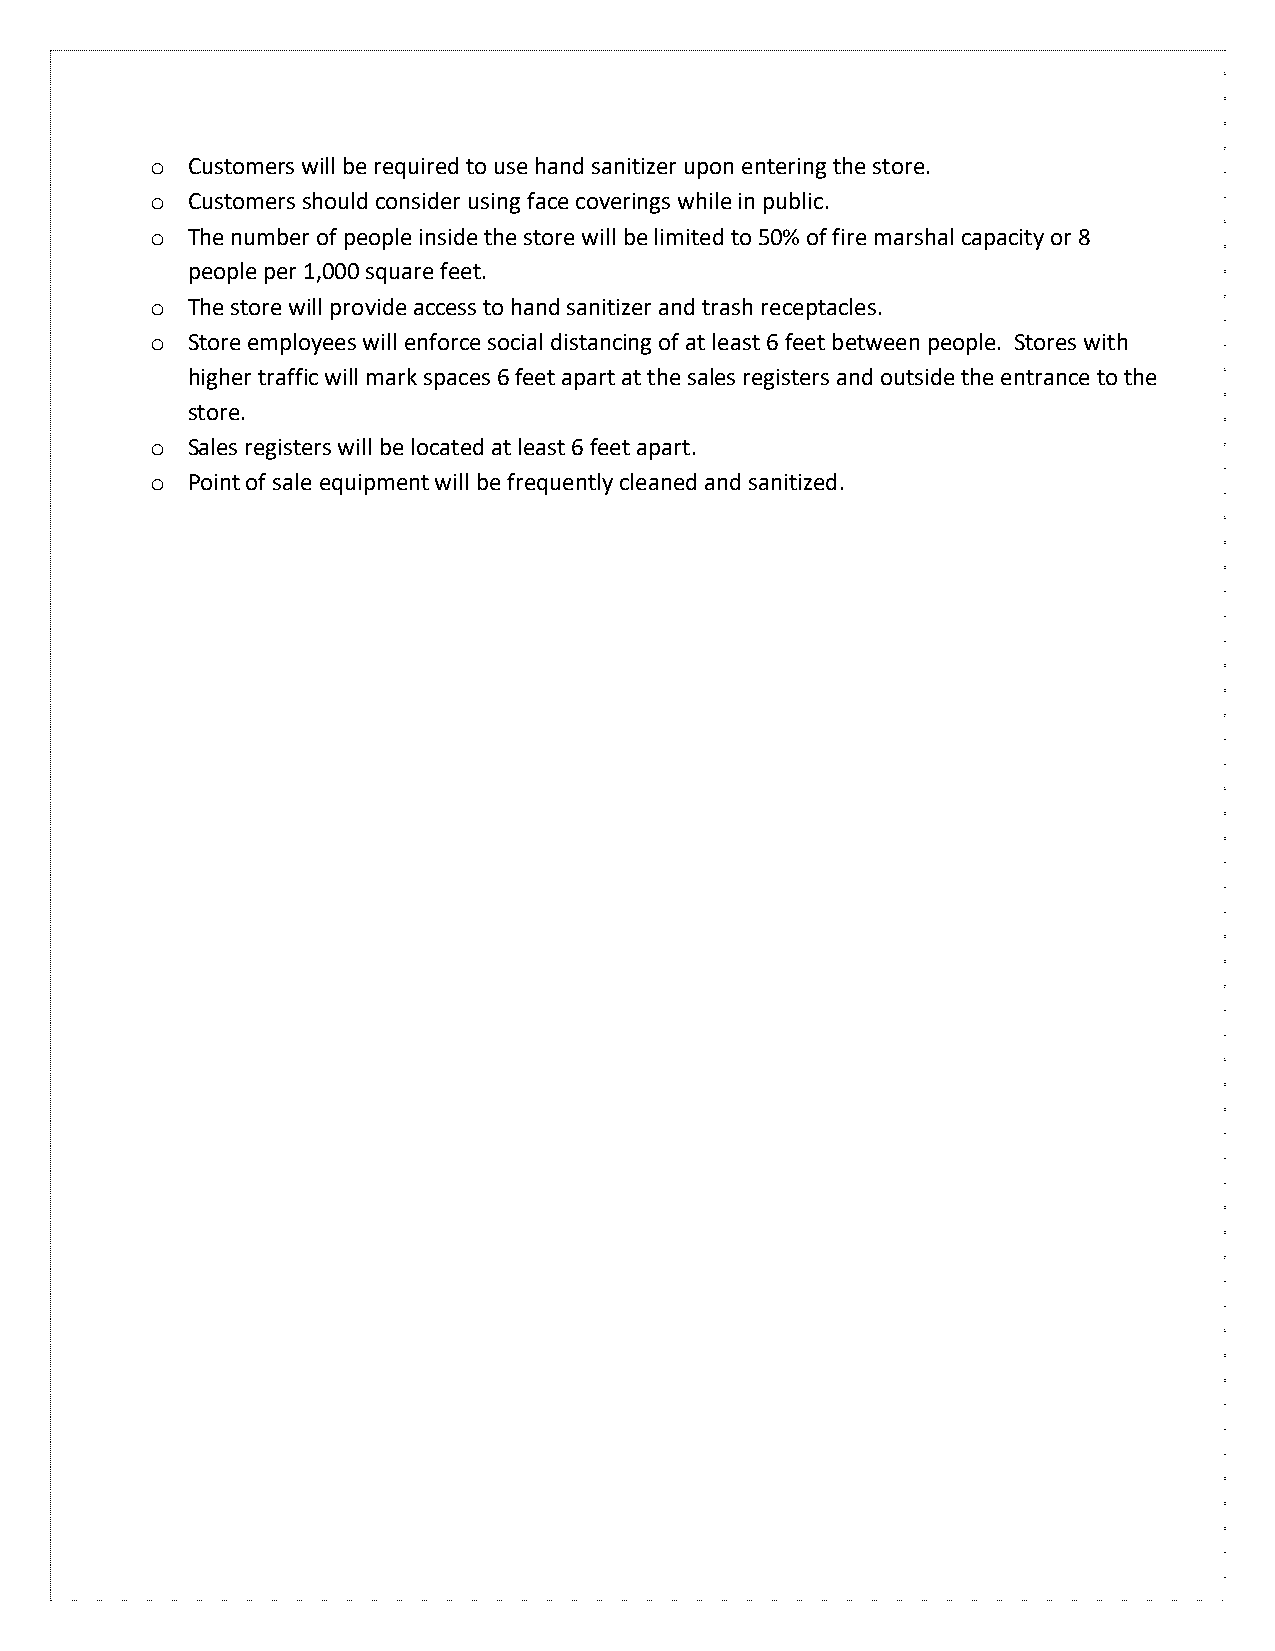
o Customers will be required to use hand sanitizer upon entering the store.
 o Customers should consider using face coverings while in public.
 o The number of people inside the store will be limited to 50% of fire marshal capacity or 8
 people per 1,000 square feet.
 o The store will provide access to hand sanitizer and trash receptacles.
 o Store employees will enforce social distancing of at least 6 feet between people. Stores with
 higher traffic will mark spaces 6 feet apart at the sales registers and outside the entrance to the
 store.
 o Sales registers will be located at least 6 feet apart.
 o Point of sale equipment will be frequently cleaned and sanitized.